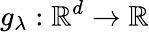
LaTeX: g_{\lambda}:\mathbb{R}^{d}\rightarrow\mathbb{R}